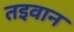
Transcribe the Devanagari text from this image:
तइवान